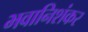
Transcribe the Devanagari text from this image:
भवानिशंकर